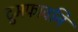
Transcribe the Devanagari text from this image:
दुमफावनि